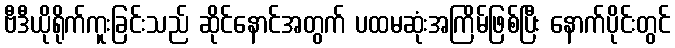
ဗီဒီယိုရိုက်ကူးခြင်းသည် ဆိုင်နောင်အတွက် ပထမဆုံးအကြိမ်ဖြစ်ပြီး နောက်ပိုင်းတွင်